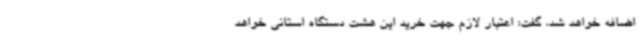
اضافه خواهد شد، گفت: اعتبار لازم جهت خرید این هشت دستگاه استانی خواهد